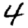
Digit: 4